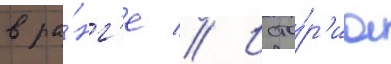
в ра́нг'е // Исто́р'иа